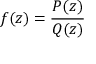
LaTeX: f ( z ) = { \frac { P ( z ) } { Q ( z ) } }